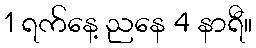
1 ရက်နေ့ ညနေ 4 နာရီ။